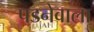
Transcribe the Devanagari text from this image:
पडनेवाला